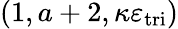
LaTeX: (1,a+2,\kappa\varepsilon_{\mathrm{tri}})